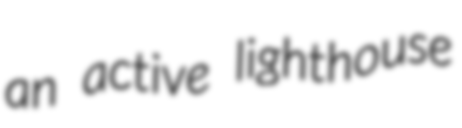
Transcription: an active lighthouse